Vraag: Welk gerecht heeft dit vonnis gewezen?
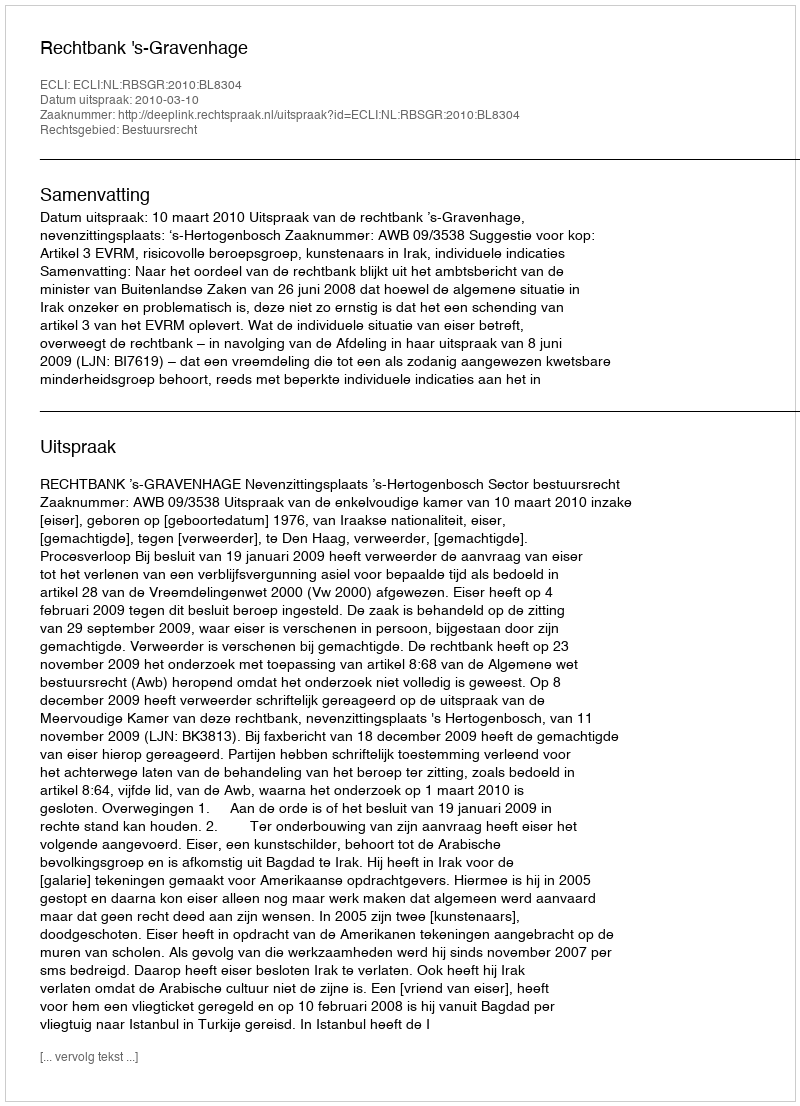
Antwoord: Rechtbank 's-Gravenhage